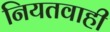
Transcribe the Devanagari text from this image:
नियतवाही